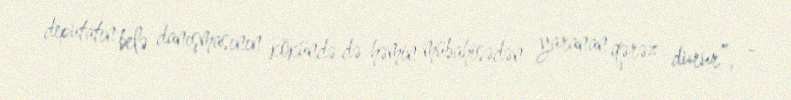
deputatın belə danışmasının kökündə də həmin mübahisədən yaranan qərəz durur”, -